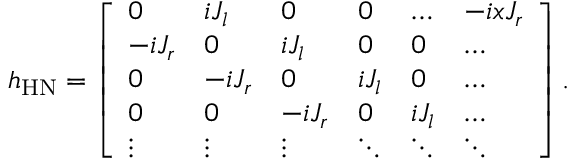
\begin{array} { r } { h _ { \mathrm { H N } } = \left[ \begin{array} { l l l l l l } { 0 } & { i J _ { l } } & { 0 } & { 0 } & { \hdots } & { - i x J _ { r } } \\ { - i J _ { r } } & { 0 } & { i J _ { l } } & { 0 } & { 0 } & { \hdots } \\ { 0 } & { - i J _ { r } } & { 0 } & { i J _ { l } } & { 0 } & { \hdots } \\ { 0 } & { 0 } & { - i J _ { r } } & { 0 } & { i J _ { l } } & { \dots } \\ { \vdots } & { \vdots } & { \vdots } & { \ddots } & { \ddots } & { \ddots } \end{array} \right] . } \end{array}